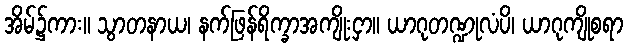
အိမ်၌ကား။ သွာတနာယ၊ နက်ဖြန်ရိက္ခာအကျိုးငှာ။ ယာဂုတဏ္ဍုလံပိ၊ ယာဂုကျိုစရာ